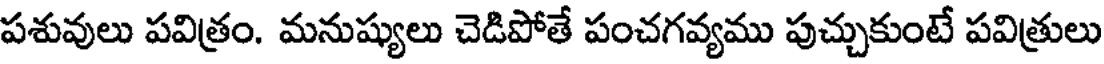
పశువులు పవిత్రం. మనుష్యులు చెడిపోతే పంచగవ్యము పుచ్చుకుంటే పవిత్రులు